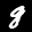
Label: 8